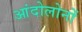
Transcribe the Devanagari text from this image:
आंदोलोनों